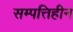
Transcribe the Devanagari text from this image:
सम्पत्तिहीन